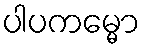
ပါပကမ္မော